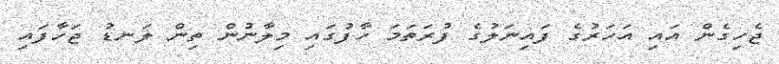
ޖެހިގެން އައި އަހަރުގެ ފައިނަލުގެ ފުރަތަމަ ހާފުގައި މިލާނުން ތިން ލަނޑު ޖަހާފައި